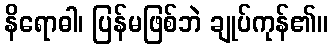
နိရောဓါ၊ ပြန်မဖြစ်ဘဲ ချုပ်ကုန်၏။